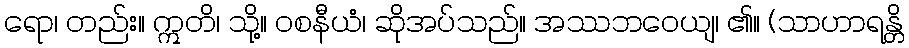
ရော၊ တည်း။ ဣတိ၊ သို့။ ဝစနီယံ၊ ဆိုအပ်သည်။ အဿဘဝေယျ၊ ၏။ (သာဟာရန္တိ